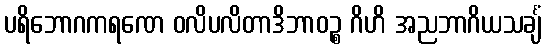
ပရိဘောဂကရဏေ ဝလိပလိတာဒိဘာဝဉ္စ ဂိဟိ အညဘာဂိယသင်္ချံ